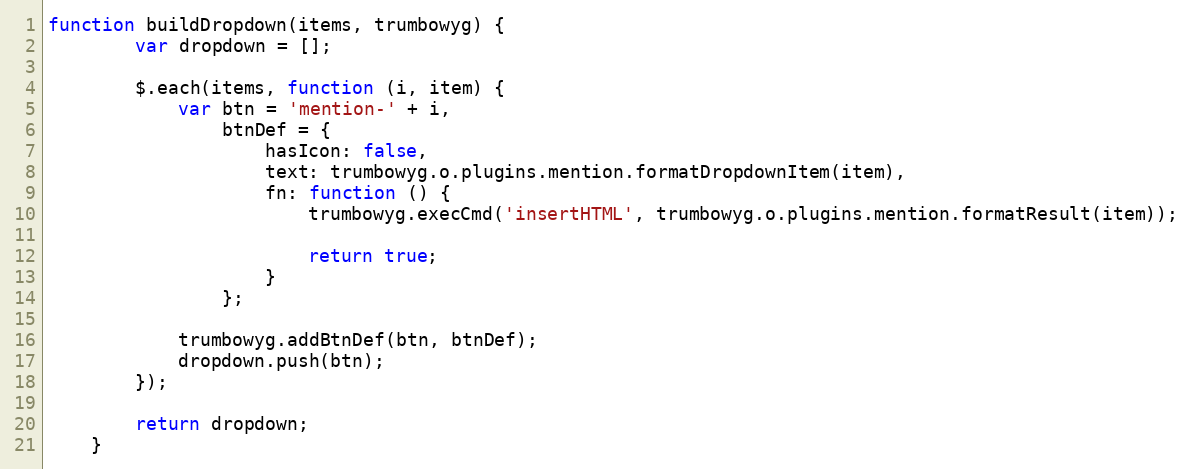
Language: JavaScript
function buildDropdown(items, trumbowyg) {
        var dropdown = [];

        $.each(items, function (i, item) {
            var btn = 'mention-' + i,
                btnDef = {
                    hasIcon: false,
                    text: trumbowyg.o.plugins.mention.formatDropdownItem(item),
                    fn: function () {
                        trumbowyg.execCmd('insertHTML', trumbowyg.o.plugins.mention.formatResult(item));

                        return true;
                    }
                };

            trumbowyg.addBtnDef(btn, btnDef);
            dropdown.push(btn);
        });

        return dropdown;
    }